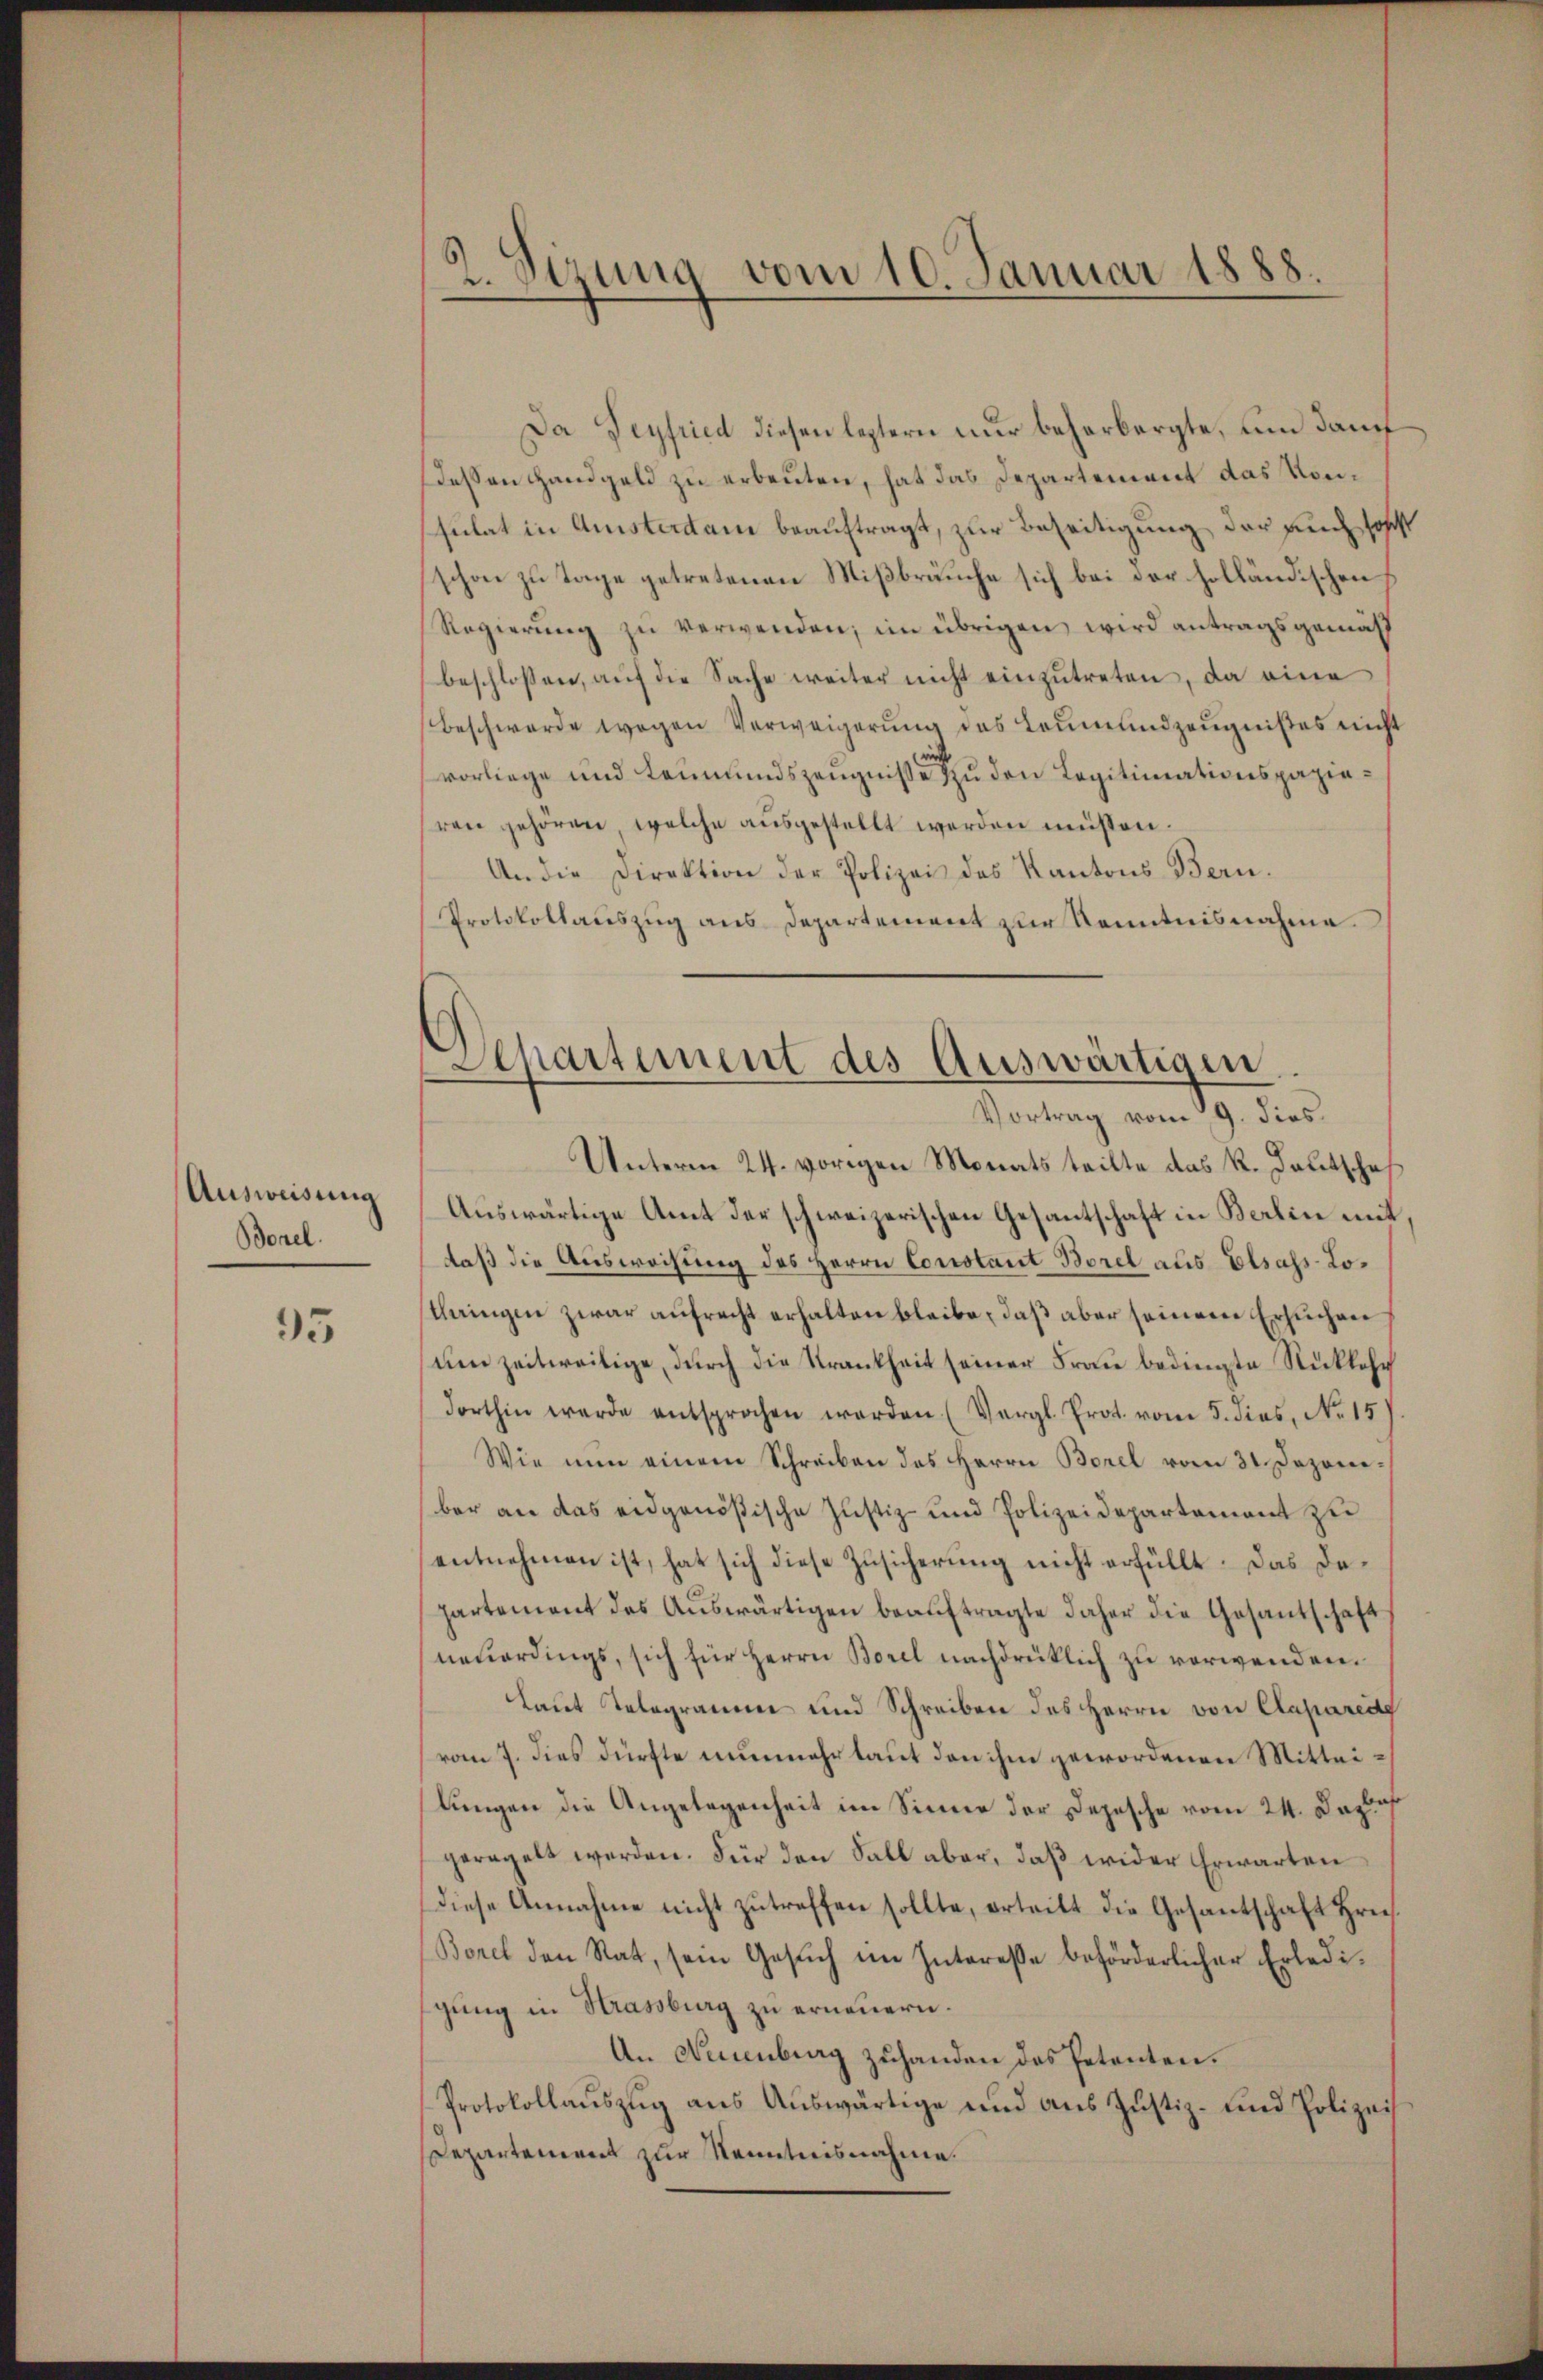
Ausweisung
Borel.

95

2. Sizung vom 10. Januar 1888.

Da Seyfried diesen leztern nur beherbergte, um danch
Dessen Handgeld zu erbeuten, hat das Departement das Konsulat in Amsterdam beauftragt, zur Beseitigung der auch solch
schon zu Tage getretenen Mißbräuche sich bei der holländischen
Regierung zu verwenden; im übrigen, wird antragsgemäß
beschlossen, aŭf die Sache weiter nicht einzŭtreten, da eine
Beschwerde wegen Verweigerŭng des Leŭmŭndzeŭgnißes nicht
vorliege und Leumundszeugniße zu den Legitimationspapieren gehören, welche ausgestellt werden müssen.
An die Direktion der Polizei des Kantons Bern.
Protokollauszug aus Departement zur Kenntnisnahme
Auswärtige Amt der schweizerischen Gesantschaft in Berlin mit,
daß die Ausweisung des Herrn Constant Borel aus Elsass-Lothringen zwar aufrecht erhalten bleibe, daß aber seiner Ersuchen
um zeitweilige, durch die Krankheit seiner Frau bedingte Rückkehr
dorthin werde entsprochen werden (Vergl. Prot. vom 5. dies, No 15
Wie nun einem Schreiben des Herrn Borel vom 31. Dezoneber an das eidgenößische Justiz- und Polizeidepartement zu
entnehmen ist, hat sich diese Zusicherung nicht erfüllt. Das Dahartement des Auswärtigen beauftragte daher die Gesandschaft
neuerdings, sich für Herrn Borel nachdrücklich zu verwenden.
Laut Telegramm und Schreiben des Herrn von Claparei
vom 7. dies dürfte nunmehr laut den ihm gewordenen Mitteilungen die Angelegenheit im Sinne der Depesche vom 24. Dazu s
geregelt werden. Für den Fall aber, daß wider Erwarten
diese Annahme nicht zutreffen sollte, erteilt die Gesantschaft Hrn.
Borel den Rat, sein Gesuch im Interesse beförderlicher Erledigung in Strassburg zu erneuern.
An Neuenburg zuhanden das Petenten.
Protokollauszug aus Auswärtige und aus Justiz- und Polizei
Departement zur Kenntnisnahme.

Separtement des Auswärtigen.
Vortrag vom 9. dies
Unterm 24. vorigen Monats teilte das R. Deutschaf